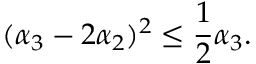
( \alpha _ { 3 } - 2 \alpha _ { 2 } ) ^ { 2 } \leq { \frac { 1 } { 2 } } \alpha _ { 3 } .